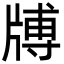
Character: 牔